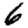
Digit: 6